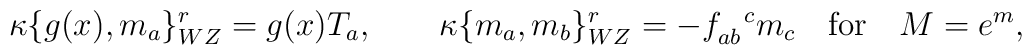
\kappa \{ g(x), m_a \}_{WZ}^r = g(x) T_a,\qquad\kappa \{ m_a, m_b\}_{WZ}^r =- f_{ab}^{\phantom{ab}c} m_c\quad\hbox{for}\quad M= e^m,